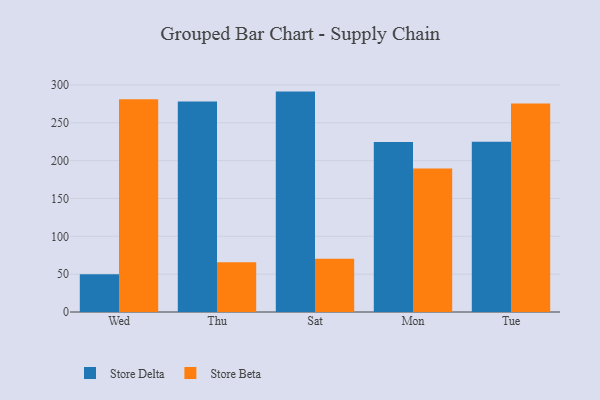
{"axis": {"x": "Day", "y": "Shipments"}, "legend": ["Store Beta", "Store Delta"], "data": [{"x": "Wed", "y": 50.0, "type": "Store Delta"}, {"x": "Wed", "y": 281.2, "type": "Store Beta"}, {"x": "Thu", "y": 278.2, "type": "Store Delta"}, {"x": "Thu", "y": 65.8, "type": "Store Beta"}, {"x": "Sat", "y": 291.2, "type": "Store Delta"}, {"x": "Sat", "y": 70.5, "type": "Store Beta"}, {"x": "Mon", "y": 224.5, "type": "Store Delta"}, {"x": "Mon", "y": 189.7, "type": "Store Beta"}, {"x": "Tue", "y": 224.9, "type": "Store Delta"}, {"x": "Tue", "y": 275.5, "type": "Store Beta"}]}